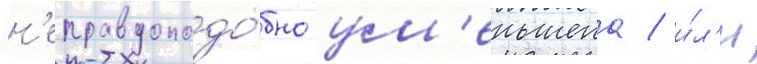
н'еправдоподо́бно ум'еньшена / и́л'и